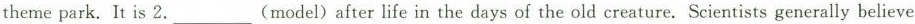
theme park. It is 2.___(model)after life in the days of the old creature. Scientists generally believe